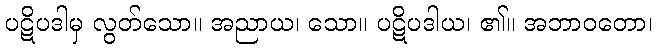
ပဋိပဒါမှ လွတ်သော။ အညာယ၊ သော။ ပဋိပဒါယ၊ ၏။ အဘာဝတော၊